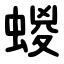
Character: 蝬